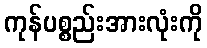
ကုန်ပစ္စည်းအားလုံးကို